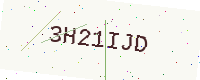
Text: 3H21IJD